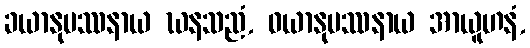
ခယာနုပဿနာယ ဃနသညံ, ဝယာနုပဿနာယ အာယူဟနံ,